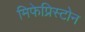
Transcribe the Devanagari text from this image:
मिफेप्रिस्टोन